Document type: Emphyteutic lease
Year: 1473
Scribe: [Unknown]
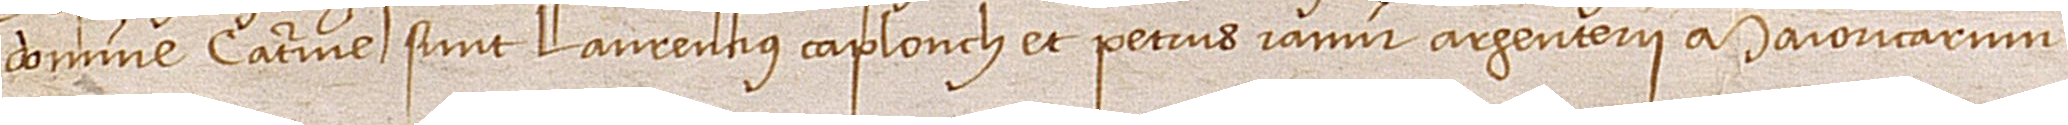
domine Caterine sunt Laurencius Caplonch et Petrus Ramir, argenterii Maioricarum.